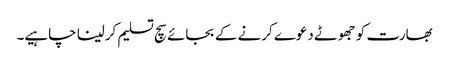
بھارت کو جھوٹے دعوے کرنے کے بجائے سچ تسلیم کرلینا چاہیے۔